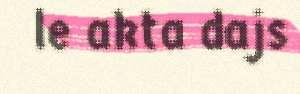
le akta dajs